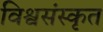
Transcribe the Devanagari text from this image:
विश्वसंस्कृत